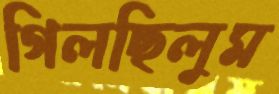
গিলছিলুম